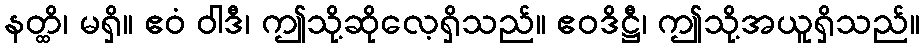
နတ္ထိ၊ မရှိ။ ဧဝံ ဝါဒီ၊ ဤသို့ဆိုလေ့ရှိသည်။ ဧဝဒိဋ္ဌီ၊ ဤသို့အယူရှိသည်။